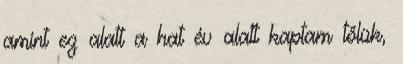
amint ez alatt a hat év alatt kaptam tőlük,